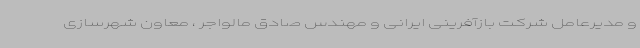
و مدیرعامل شرکت بازآفرینی ایرانی و مهندس صادق مالواجر ، معاون شهرسازی